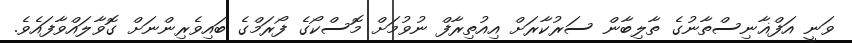
ވަނީ އަފްޣާނިސްތާނުގެ ތާލިބާން ސަރުކާރަށް އިއުތިރާފް ނުވުމަށް މޮސްކޯގެ ފޯރަމްގެ ބައިވެރިންނަށް ގޮވާލައްވާފައެވެ.